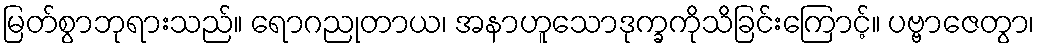
မြတ်စွာဘုရားသည်။ ရောဂညုတာယ၊ အနာဟူသောဒုက္ခကိုသိခြင်းကြောင့်။ ပဗ္ဗာဇေတွာ၊